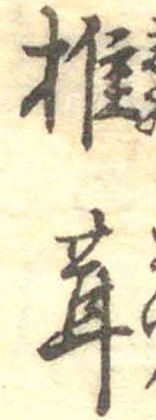
椎茸